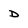
Character: D